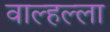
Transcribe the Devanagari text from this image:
वाल्हल्ला